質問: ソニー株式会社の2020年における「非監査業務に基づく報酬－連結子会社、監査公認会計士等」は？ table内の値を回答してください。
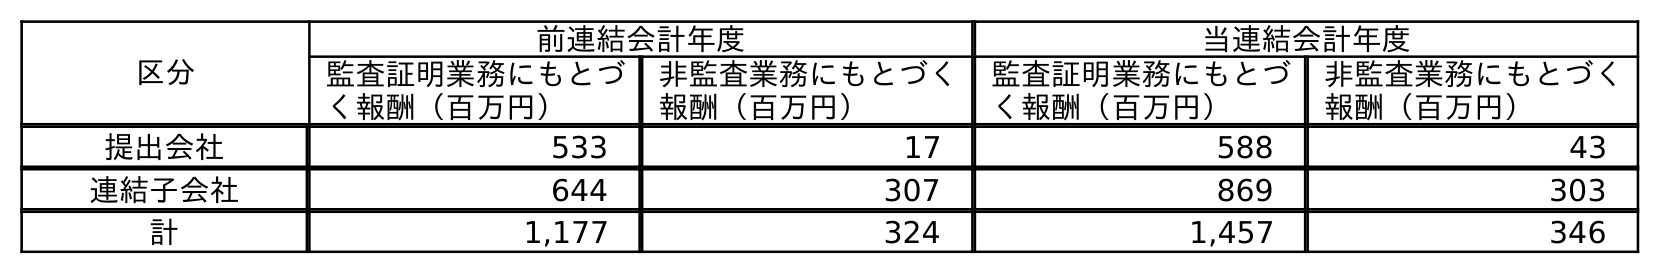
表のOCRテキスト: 区分 前連結会計年度 当連結会計年度 監査証明業務にもとづ く報酬（百万円） 非監査業務にもとづく 報酬（百万円） 監査証明業務にもとづ く報酬（百万円） 非監査業務にもとづく 報酬（百万円） 提出会社 533 17 588 43 連結子会社 644 307 869 303 計 1,177 324 1,457 346
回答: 303